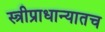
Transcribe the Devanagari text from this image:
स्त्रीप्राधान्यातच